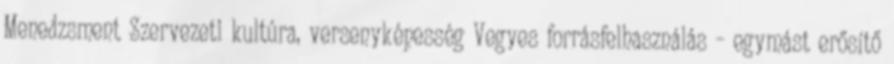
Menedzsment Szervezeti kultúra, versenyképesség Vegyes forrásfelhasználás – egymást erősítő